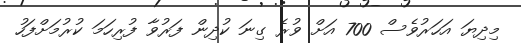
މިދިޔަ އަހަރުވެސް 700 އަށް ވުރެ ގިނަ ކުދިން ފަރުވާ ފުރިހަމަ ކުރުމަށްފަހު